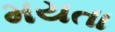
મયતા